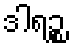
ဒါရဉ္စ